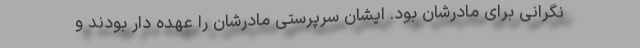
نگرانی برای مادرشان بود. ایشان سرپرستی مادرشان را عهده دار بودند و